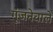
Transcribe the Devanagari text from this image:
गूंजनेवाले